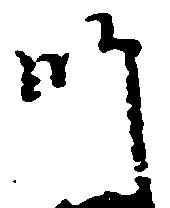
師